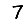
Digit: 7